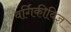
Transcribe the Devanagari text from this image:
वर्गिकीविज्ञ